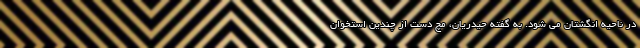
در ناحیه انگشتان می شود. به گفته حیدریان، مچ دست از چندین استخوان